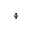
^ { \dagger }